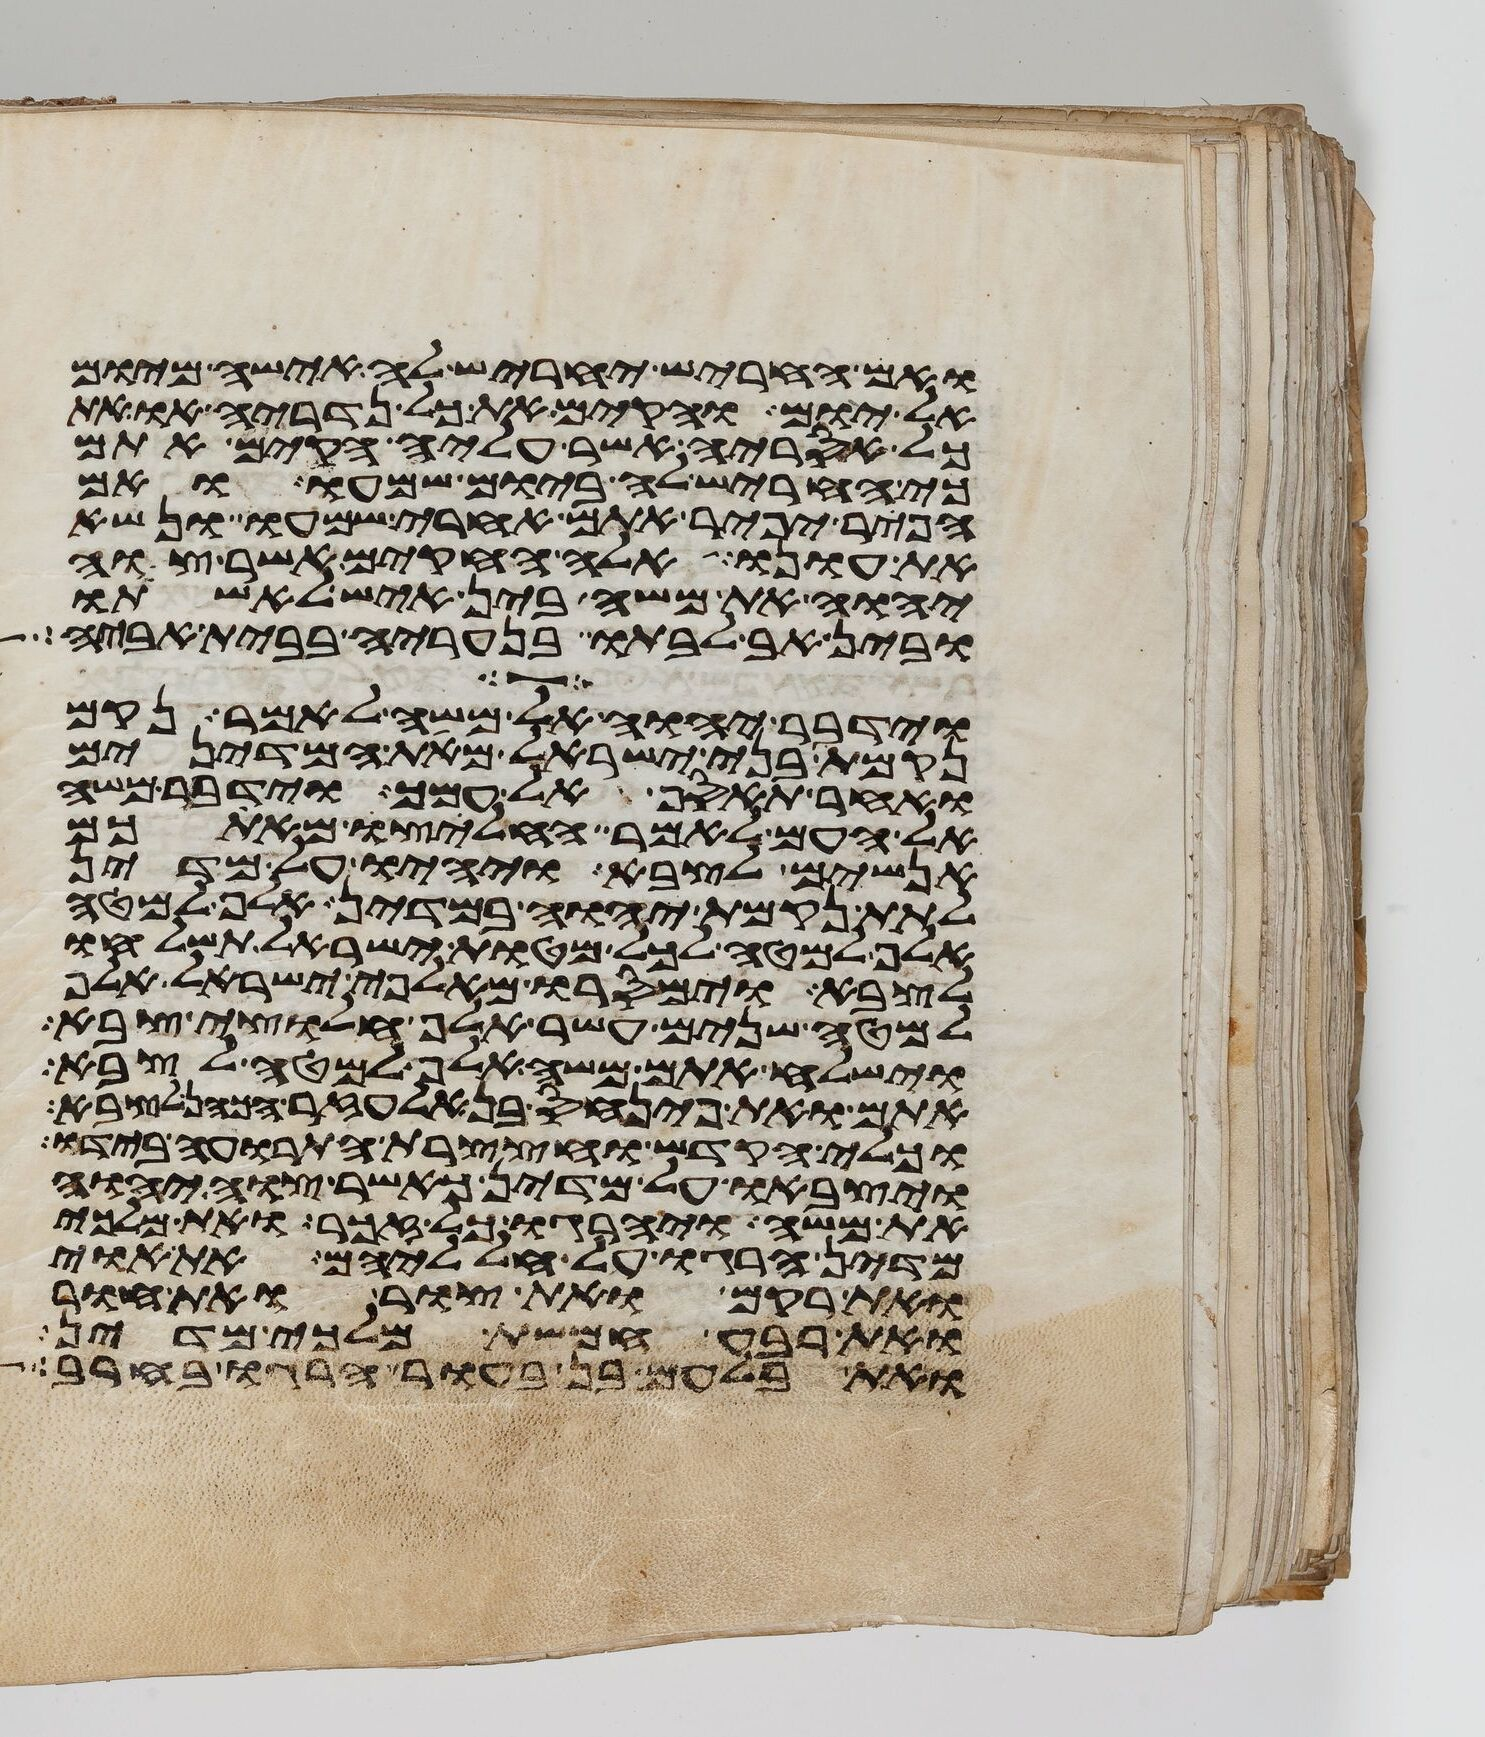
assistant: ואם החריש יחריש לה אישה מיום
אל יום והקם את כל נדריה או את
כל אסריה אשר עליה הקים אתם
כי חריש לה ביום שמעו ואם
הפר יפיר אתם אחרי שמעו ונשא
את עונו אלה החקים אשר צוה
יהוה את משה בין איש לאשתו
ובין אב לבתו בנעריה בבית אביה
וידבר יהוה אל משה לאמר נקם
נקמת בני ישראל מאת המדינים
ואחר תאסף אל עמך וידבר משה
אל העם לאמר החליצו מאתכם
אנשים לצבא ויהיו על מדין
לתת נקמת יהוה במדין אלף למטה
אלף למטה לכל מטות ישראל תשלחו
לצבא וימסרו מאלפי ישראל אלף
למטה שנים עשר אלף חלוצי צבא
וישלח אתם משה אלף למטה לצבא
אתם ואת פינחס בן אלעזר הכהן לצבא
וכלי הקדש וחצצרות התרועה בידו
ויצבאו על מדין כאשר צוה יהוה
את משה ויהרגו כל זכר ואת מלכי
מדין הרגו על חלליהם את אוי
ואת רקם ואת צור ואת חור
ואת רבע חמשת מלכי מדין
ואת בלעם בן בעור הרגו בחרב